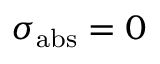
\sigma _ { \mathrm { a b s } } = 0